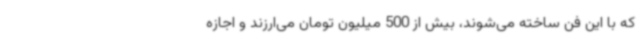
که با این فن ساخته می‌شوند، بیش از 500 میلیون تومان می‌ارزند و اجازه